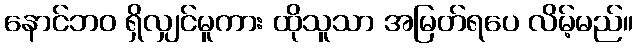
နောင်ဘဝ ရှိလျှင်မူကား ထိုသူသာ အမြတ်ရပေ လိမ့်မည်။